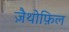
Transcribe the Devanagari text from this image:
ज़ैथोफ़िल